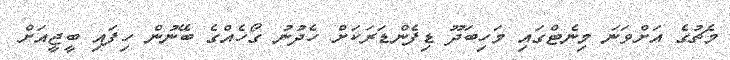
މެޗުގެ އަށްވަނަ މިނެޓްގައި މަހިބަދޫ ޑިފެންޑަރަކަށް ހެދުނު ގޯހެއްގެ ބޭނުން ހިފައި ބީޖީއަށް